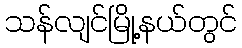
သန်လျင်မြို့နယ်တွင်